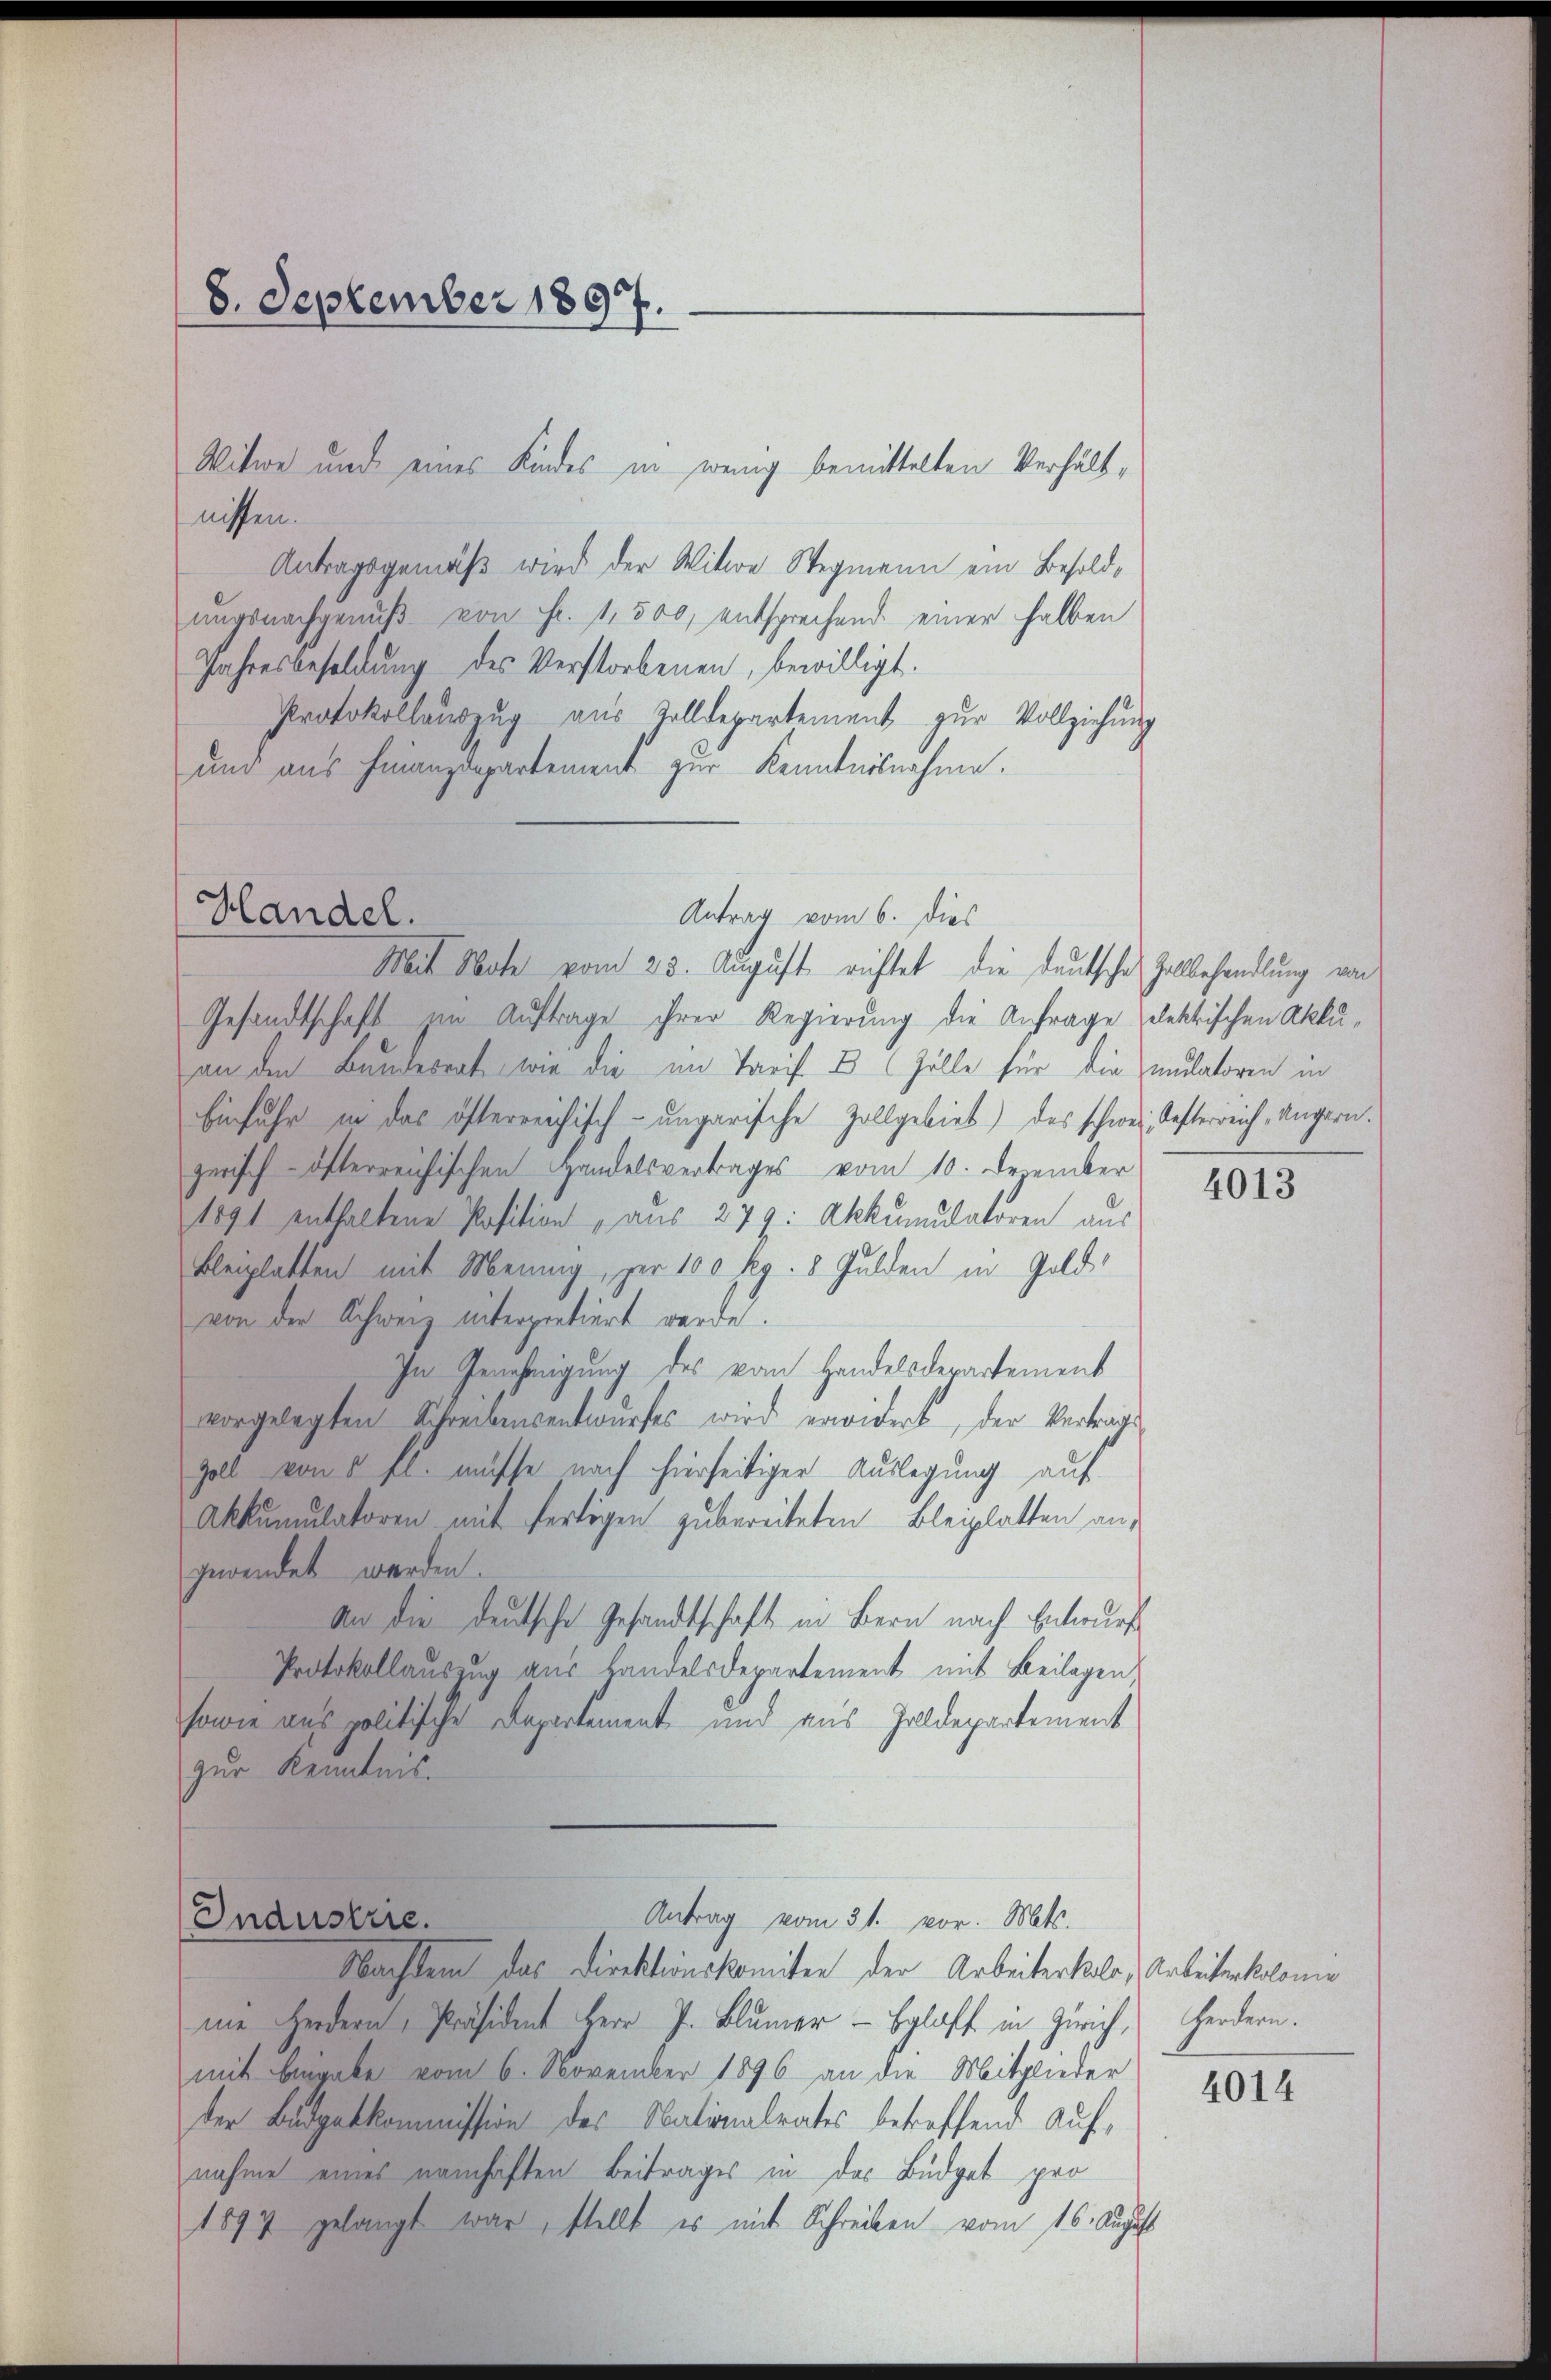
8. September 1897.

Handel.

Witwe und eines Kindes in wenig bemittelten Verhältnichten.
Antragsgemäß wird der Witwe Wegmann ein Besoldungsnachgenuß von Fr. 1,500, entsprechend einer halben
Jahresbesoldung des Verstorbenen, bewilligt.
Protokollauszug aus Tolldepartement zur Vollziehung
und aus Finanzdepartement zur Kenntnisnahme.
Mit Note vom 23. August richtet, die Deutsche Zollbehandlung von
Gesandtschaft im Auftrage ihrer Regierung die Anfrage elektischen Aktuan den Bundesrat wie die im Tarif & Zolle für die mutatoren in
Einfuhr in das öfterreichisch-ungarische Zollgebiet) das schweiz, Kasterreich, Ungern.
zerisch Osterreichischen Handelsvertrages vom 10. December
1891 enthaltene Position, aus 249: Akkumulatoren aus
bleichlatten mit Meinung, zur 100 Rp. 5 Gulden in Goldvon der Schweiz interpretiert werde.
In Genehmigŭng des vom Handelsdepartement
vorgelegten Schreibensentwŭrfes wird erwidert, der Vertrage
Zoll von 1 fl. müsse nach hierseitiger Auslegung auf
Akkumulatoren mit fertigen zu bereiteten Bleiplatten angewendet werden.
Von der Deutsche Gesandtschaft in Bern nach Entwurf
Portokollausung aus Handelsdepartement mit Beilagen
sonen das politische Departement und aus Zolldepartement
zur Kenntnis.
Antrag vom 31. vor. Mts.
Industrie.
Machten des Direktionskomiter der Arbeitertals, Arbeitenthalen
ne Heidern Präsident Herr J. Blumer - Egloff in Zürich Fordern.
mit Angabe vom 6. November 1896 an die Mitglieder
der Budgetkommission des Nationalrates betreffend auf-
nahme eines namhaften Beitrages in das Büdget pro
1899 gelangt war, stellt es mit Schreiben vom 16. August

Antrag vom 6. dies

4013

4014